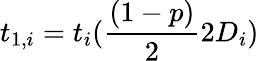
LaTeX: t_{1,i}=t_{i}(\frac{(1-p)}{2}2D_{i})